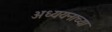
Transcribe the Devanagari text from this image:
अध्ययनाच्या